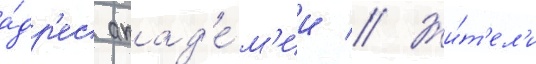
а́др'ес акад'е́м'ии // Жи́т'ел'и